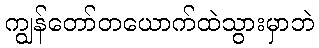
ကျွန်တော်တယောက်ထဲသွားမှာဘဲ